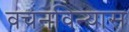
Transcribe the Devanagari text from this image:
वचनविन्यास